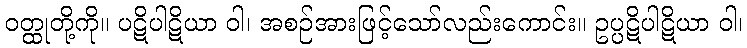
ဝတ္ထုတို့ကို။ ပဋိပါဋိယာ ဝါ၊ အစဉ်အားဖြင့်သော်လည်းကောင်း။ ဥပ္ပဋိပါဋိယာ ဝါ၊